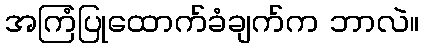
အကြံပြုထောက်ခံချက်က ဘာလဲ။